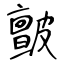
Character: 皽